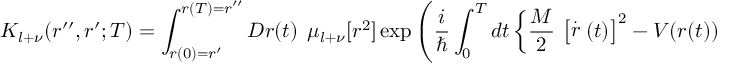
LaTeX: K _ { l + \nu } ( r ^ { \prime \prime } , r ^ { \prime } ; T ) = \int _ { r ( 0 ) = r ^ { \prime } } ^ { r ( T ) = r ^ { \prime \prime } } { \cal D } r ( t ) \, \; \mu _ { l + \nu } [ r ^ { 2 } ] \exp \left( \frac { i } { \hbar } \int _ { 0 } ^ { T } d t \left\{ \frac { M } { 2 } \, \left[ \stackrel { . } { r } ( t ) \right] ^ { 2 } - V ( r ( t ) ) \right\} \right) \;